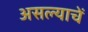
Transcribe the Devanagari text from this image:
असल्याचें